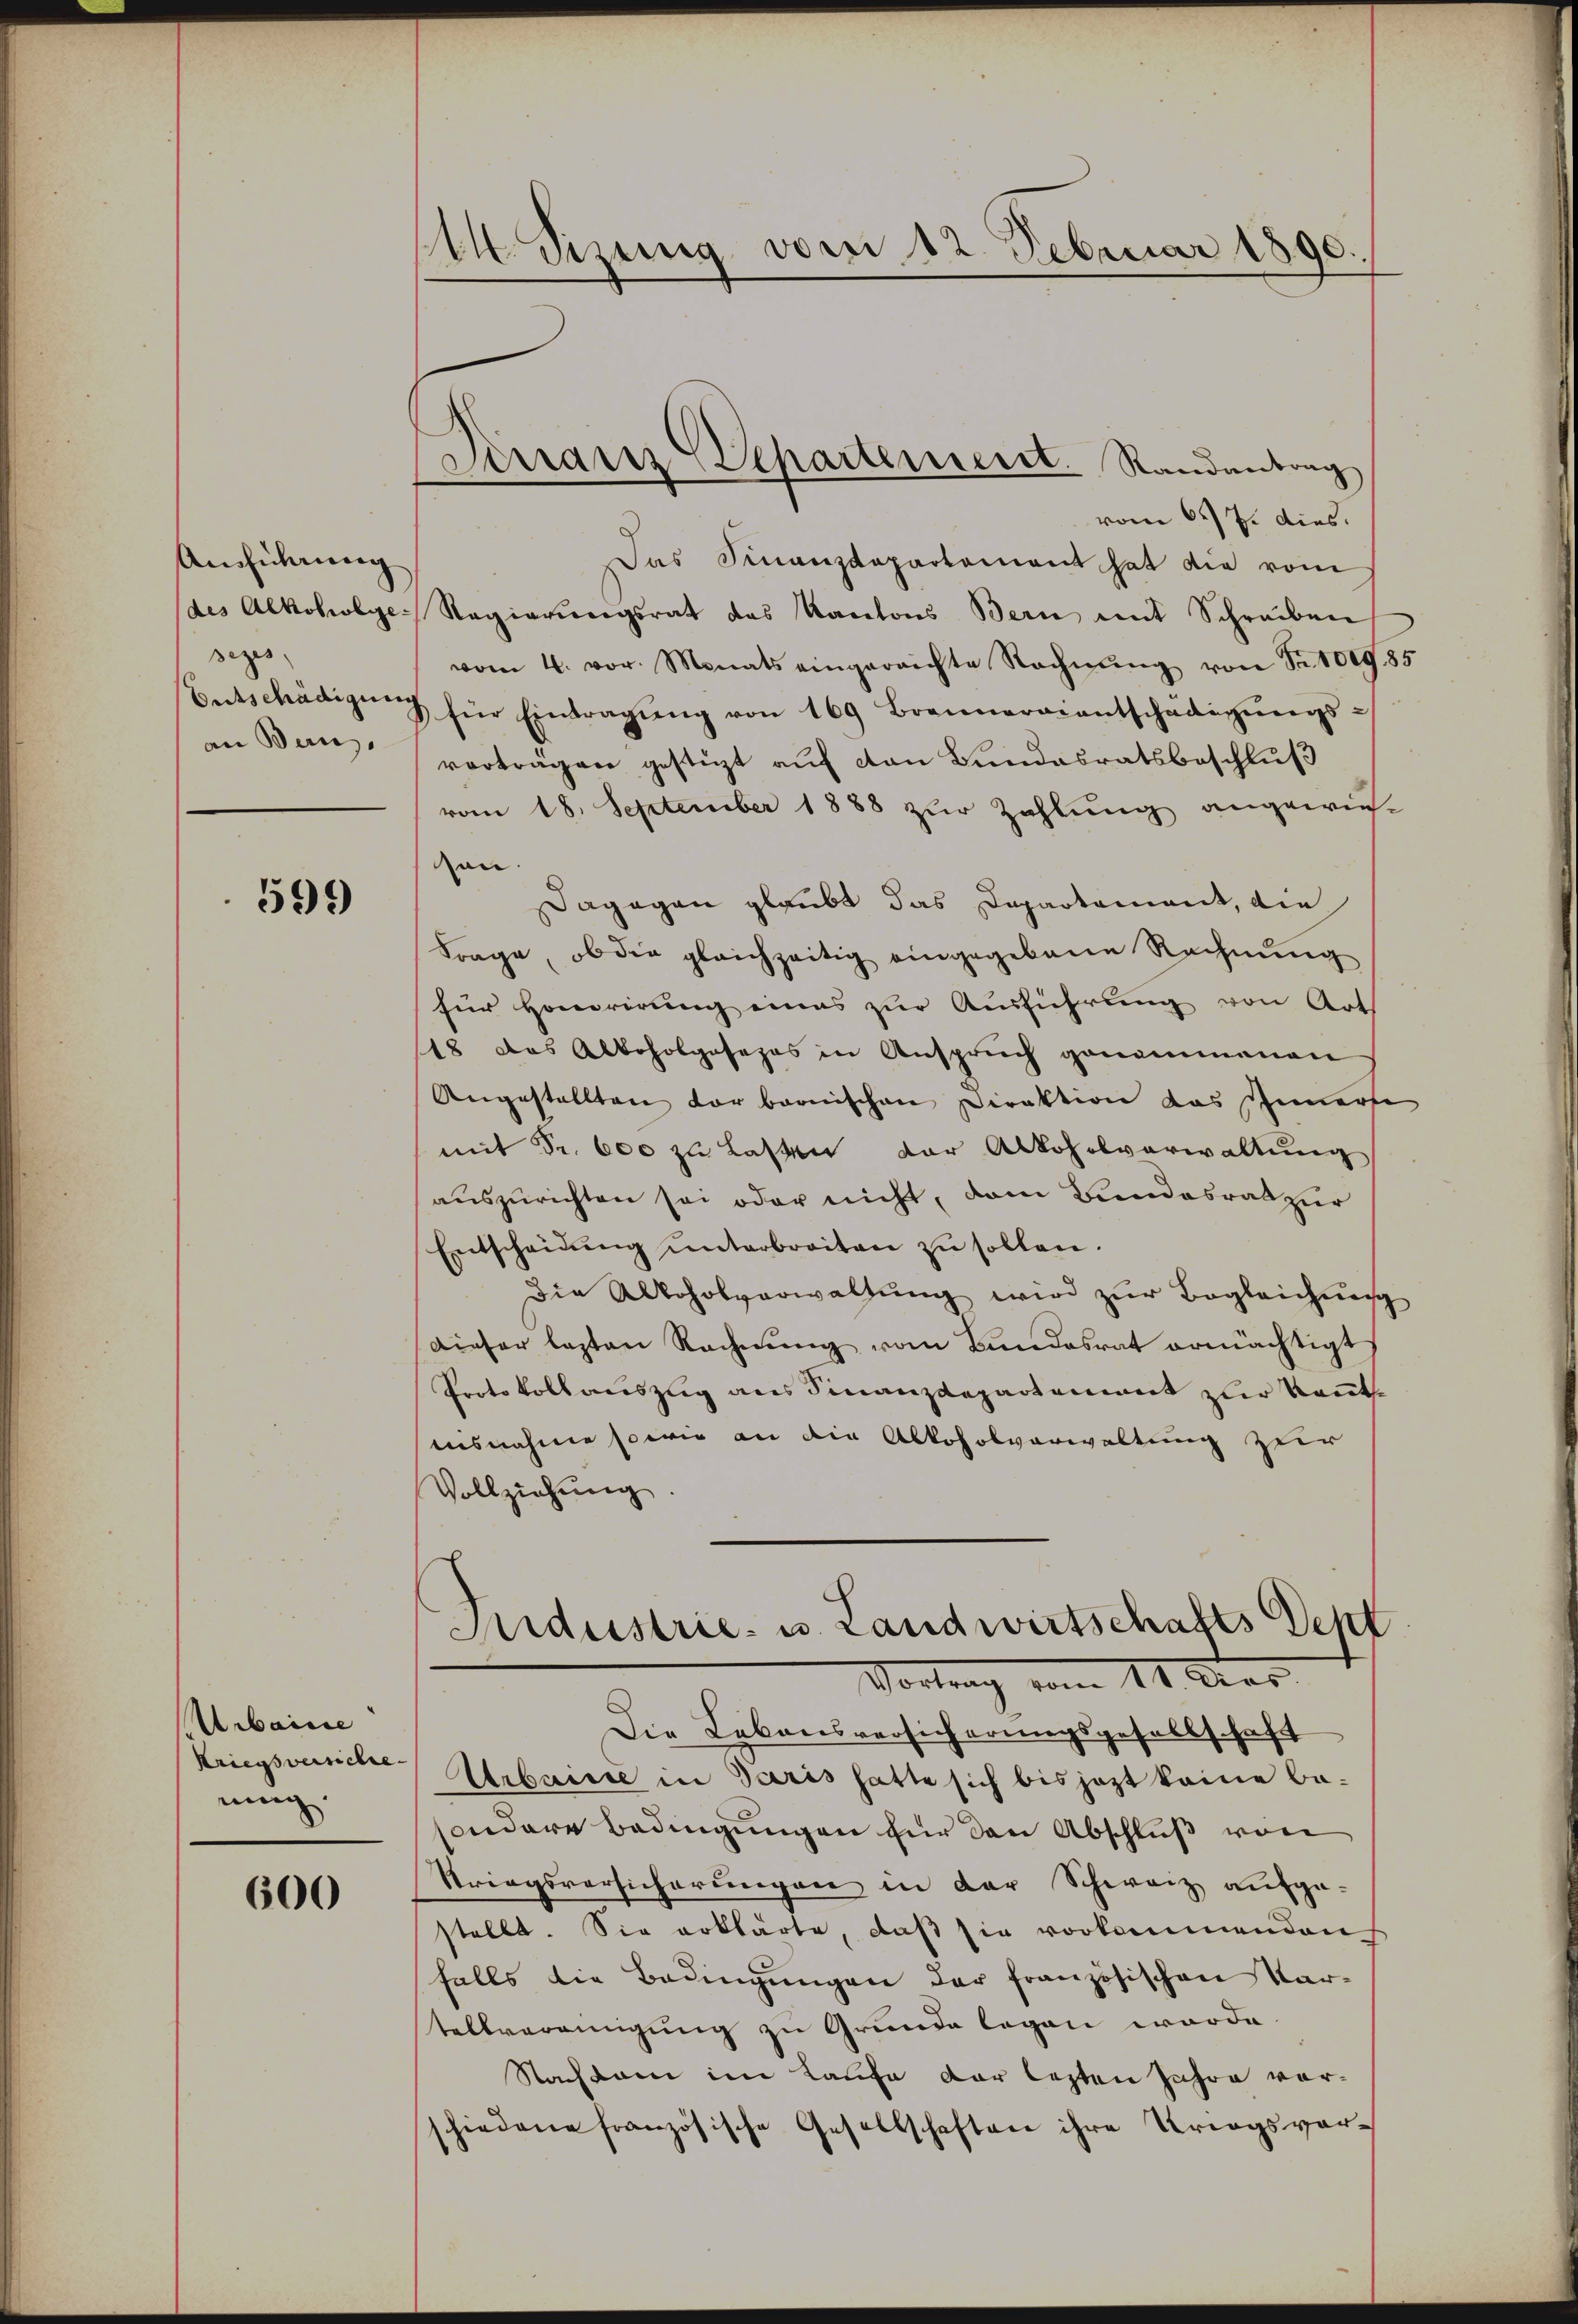
Ausführung
des Alkohweige
sezes
Entschädigung
an Bern,

599

Arbairie
Kriegsversiche
ning.

600

Alt. Sitzung vom 12. Februar 1890.

Dinanz Departement. Randantrag

vom 6. 7. dies
Das Finanzdepartament hat die vom
Regierŭngsrat das Kantons Bern mit Schreiben
vom 4. vor. Monats eingereichte Rechnŭng von Sr. 1009. 85
für Eintragŭng von 169 Brenneraientschädigŭngs-
vorträgen gestüzt auf von Bundesratsbeschluß
vom 18. September 1888 zur Zahlung angewies-
son
Dagegen glaubt das Departament, die
Frage, ob die gleichzeitig eingegebene Rechnŭng
für Honorirung eines zur Ausführung von Art
18 das Alkoholgesezes in Anspruch genommenen
Angestellten der bernischen Direktion das Innerse
mit Sr. 600 zu lasten der Alkoholverwaltung
aŭszŭrichten sei oder nicht, dem Bundesrat zur
Entscheidŭng ŭnterbreiten zu sollen.
die Alkoholverwaltŭng wird zŭr Begleichnen
dieser lezten Rechnŭng vom Bundesrat ermächtigt
Protokollauszug aus Finanzdepartement zur Kenntausnahme sowie an die Alkoholverwaltung zur
Vollziehung
Aidustrie- u. Landwirtschafts Depf
Vortrag vom 11. Ders
Die Lebensversicherungsgesellschaft
Arbaisse in Paris hatte sich bis jezt keine be-
sondere Bedingungen für den Abschluß von
Striegsvorsicherungen in der Schweiz aufge-
stellt. Sie erklärte, daß sie vorkommenden
falls die Bedingungen der französischen Vartellvereinigung zu Grunde legen worde
Nachkam im Kaufe der lezten Jahre vorschiedene französische Gesellschaften ihre Kriegsver-